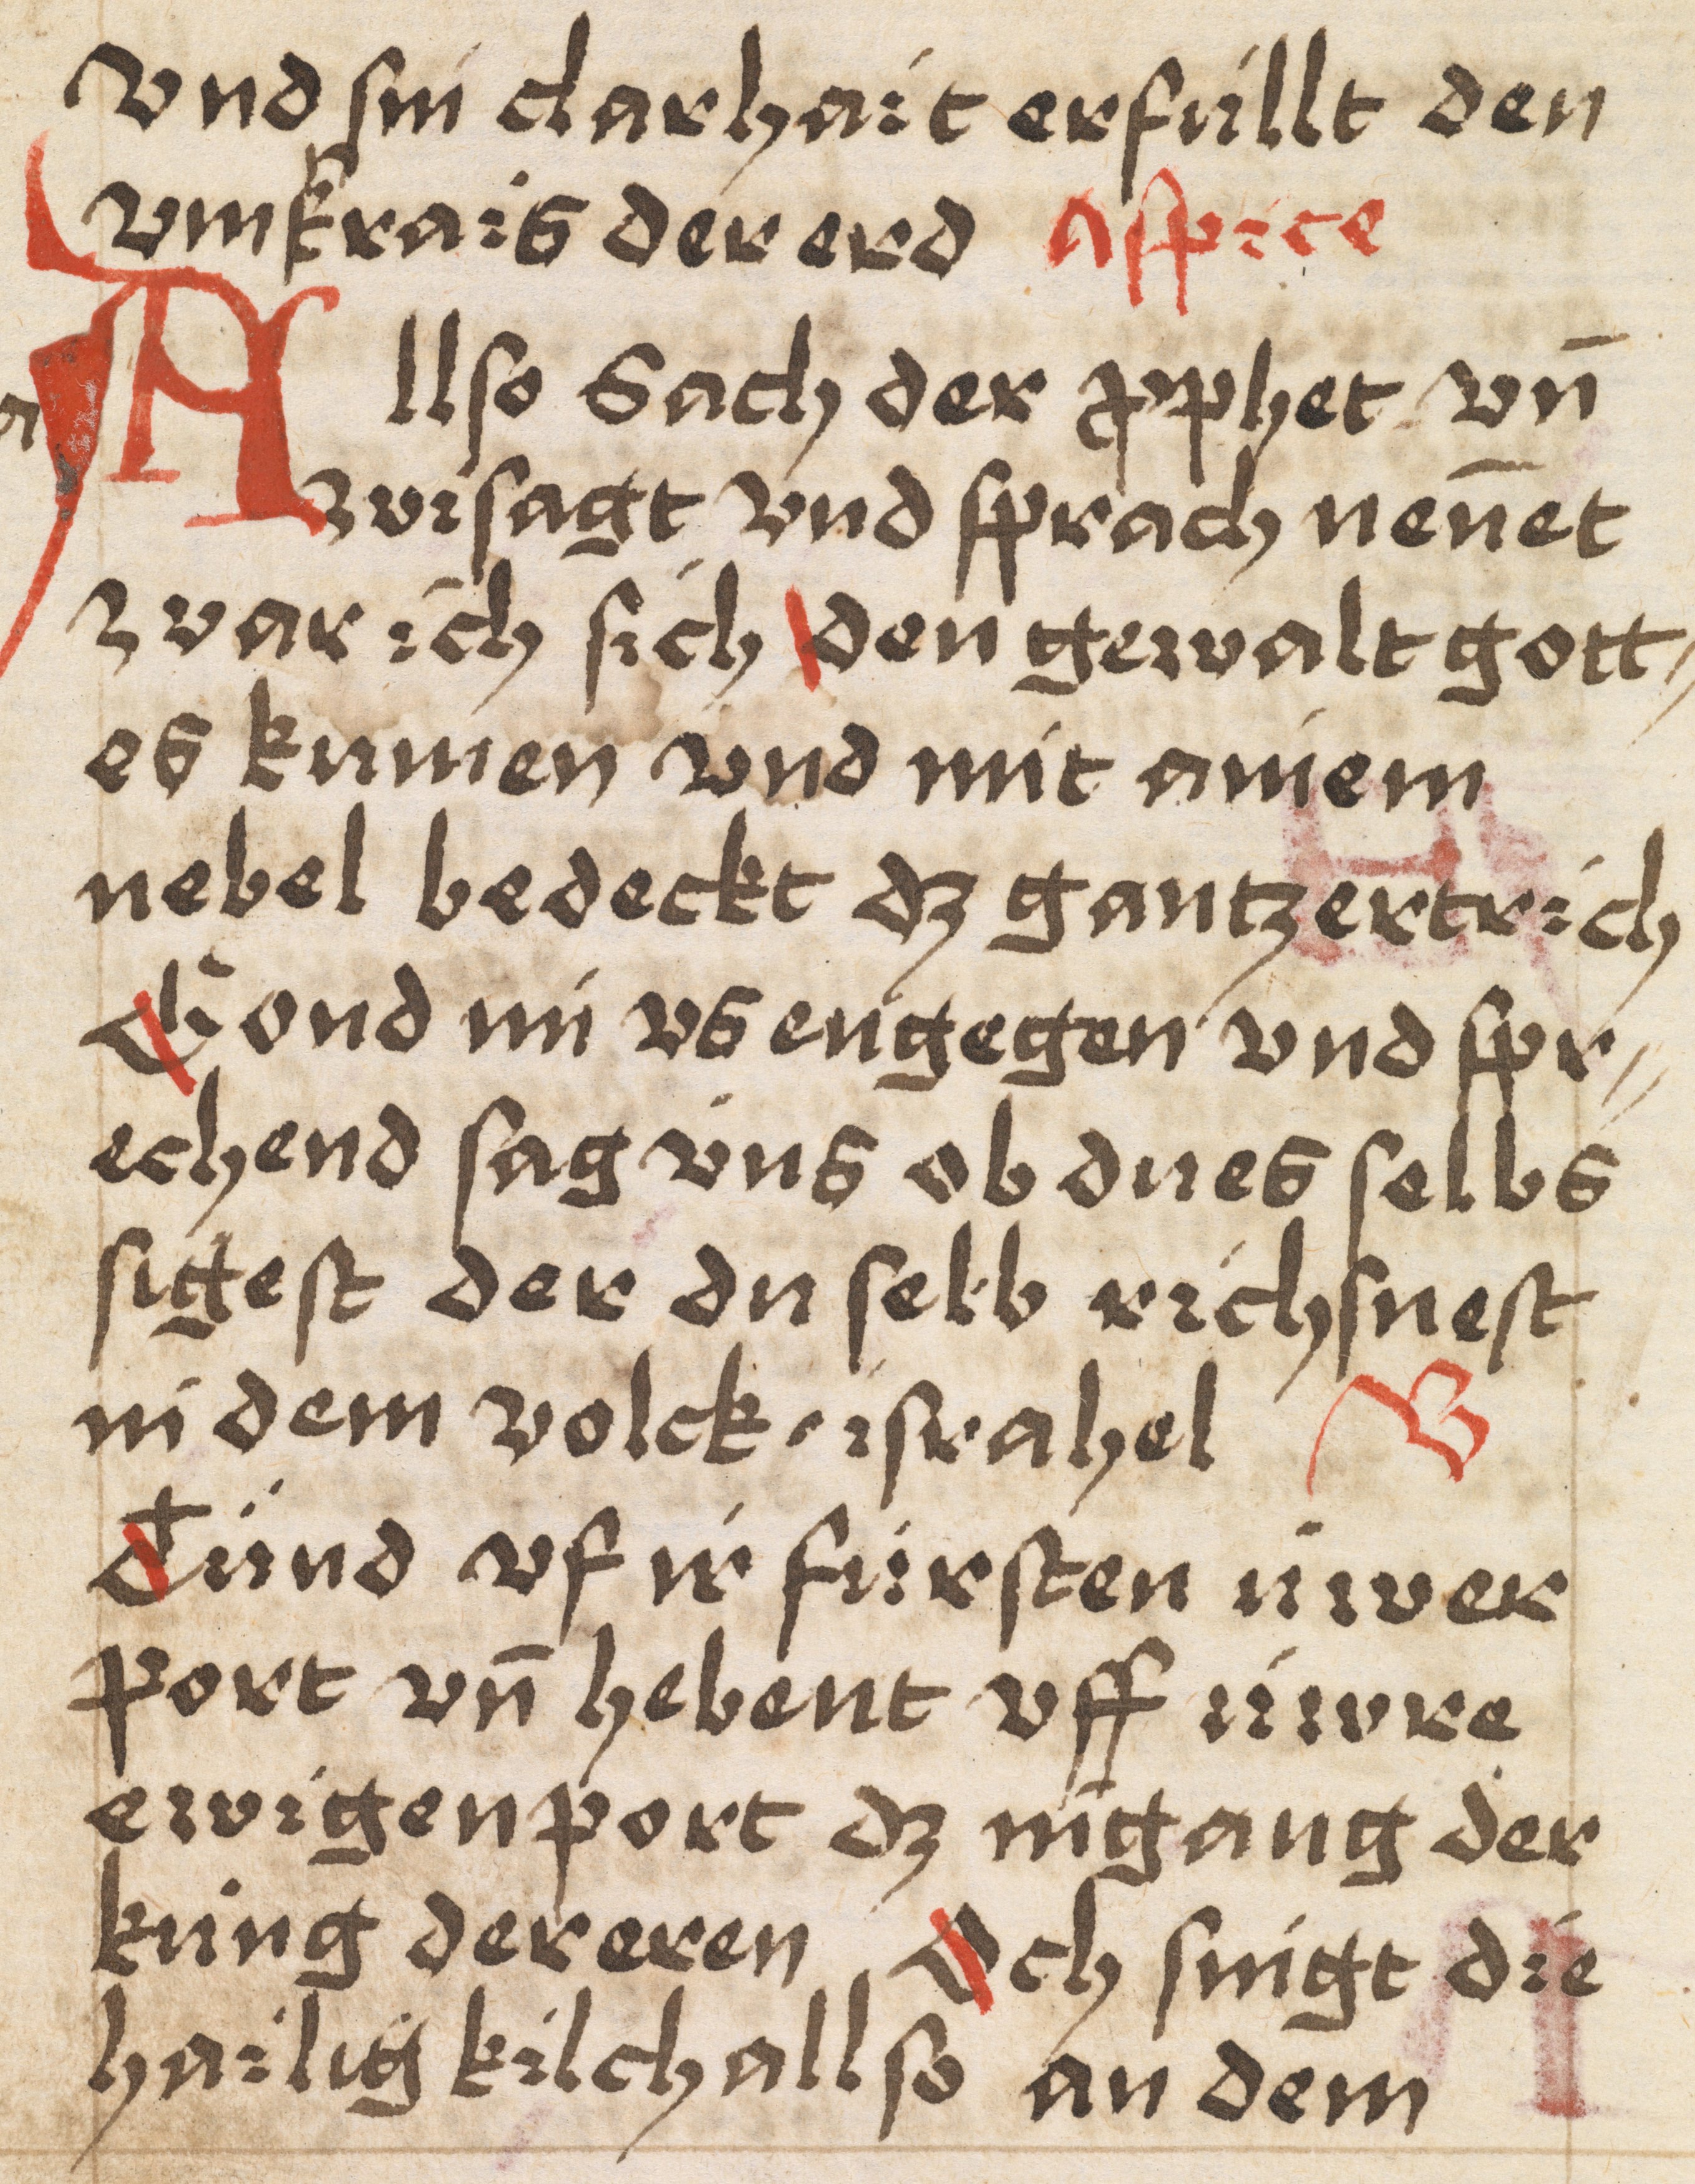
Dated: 1400–1499